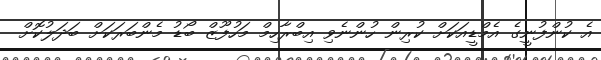
އެ ކުންފުނީގެ އެމްޑީއަކަށް ކުރިން ހުންނެވި އިބްރާހިމް މަހުފޫޒް ބޯޑު މެންބަރަކަށް ބަދަލުކޮށް